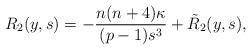
LaTeX: \begin{align*}R_2 (y,s) = - \frac{n(n+4) \kappa}{(p-1)s^3} + \tilde R_2 (y,s),\end{align*}